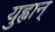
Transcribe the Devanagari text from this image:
युह्वान्